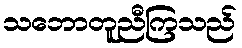
သဘောတူညီကြသည်